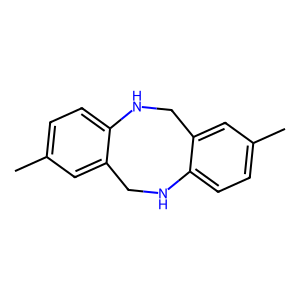
SMILES: Cc1ccc2c(c1)CNc1ccc(C)cc1CN2
Inhibits HIV replication: No